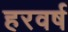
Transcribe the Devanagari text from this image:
हरवर्ष